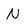
Character: N